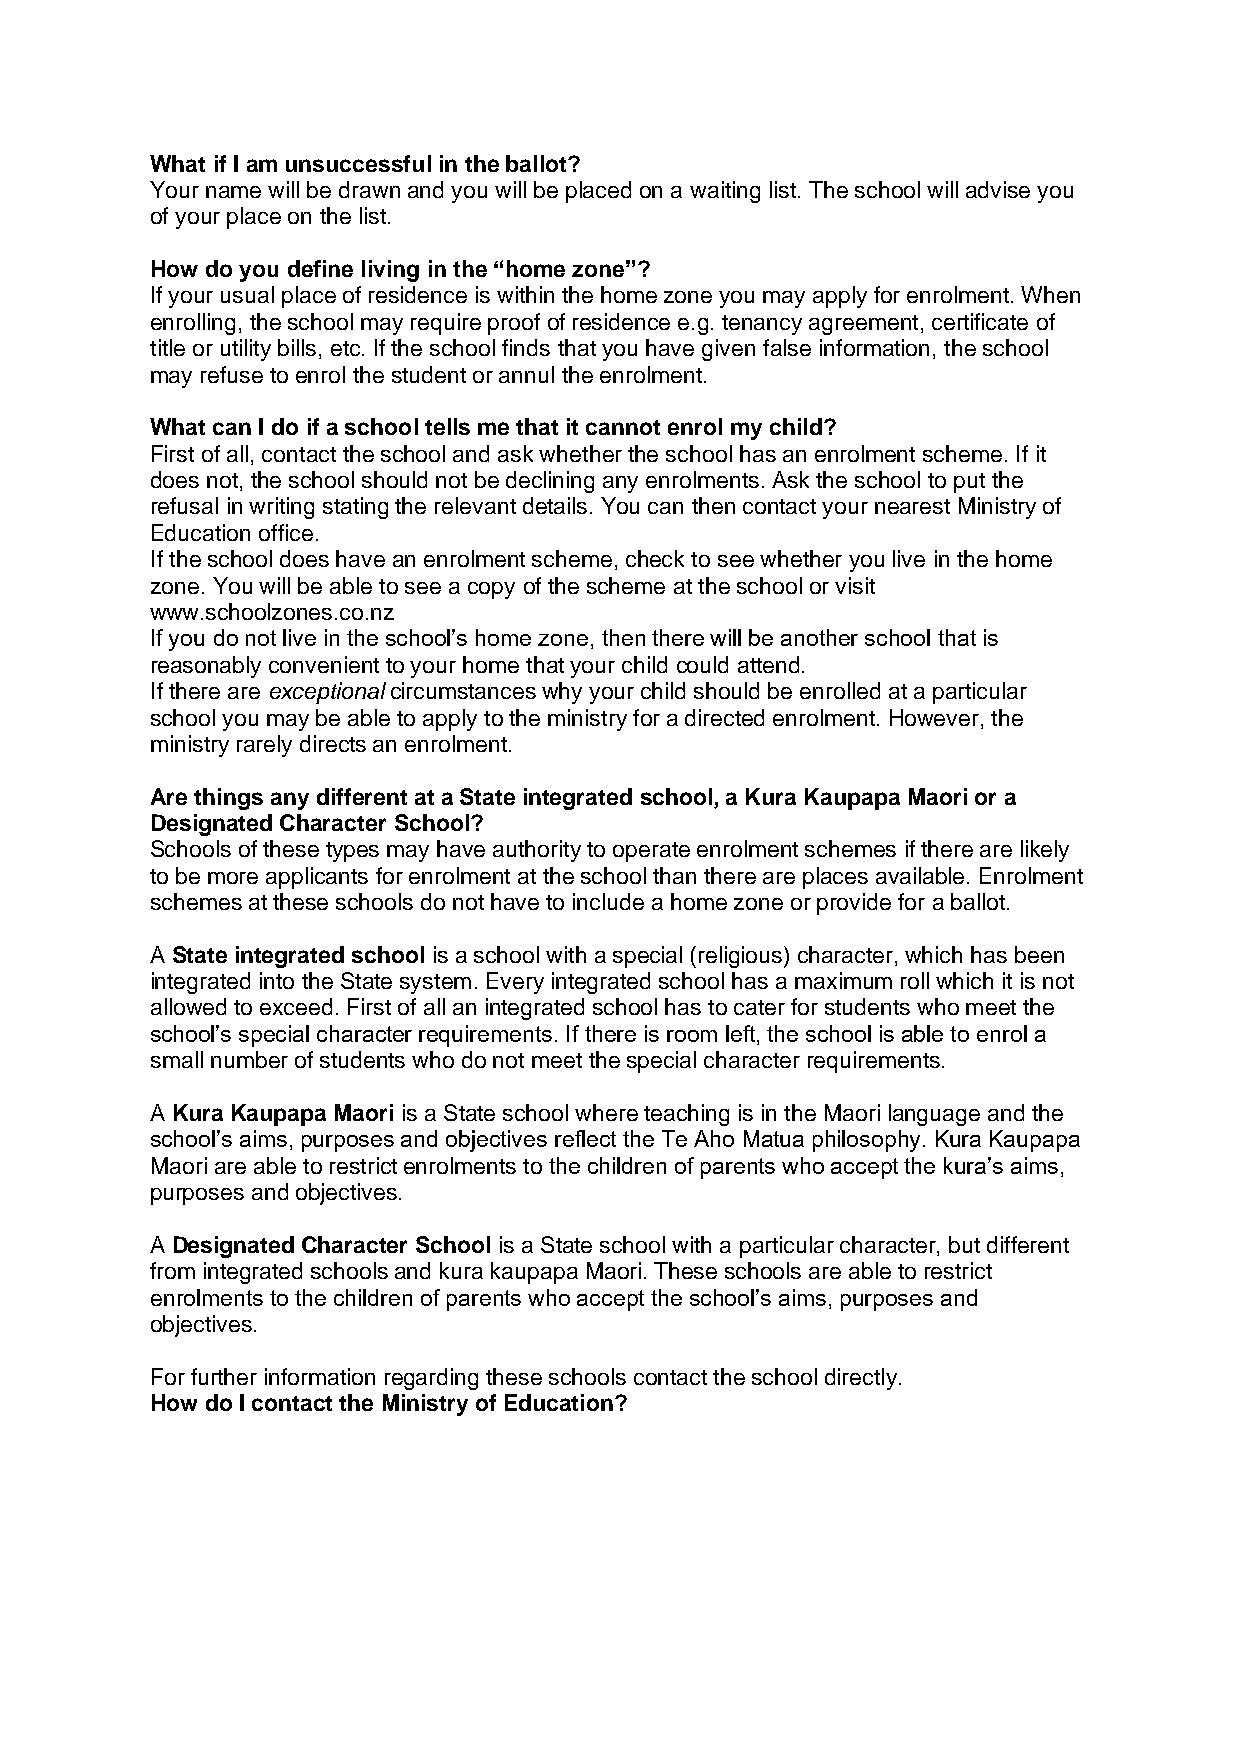
What if I am unsuccessful in the ballot?
 Your name will be drawn and you will be placed on a waiting list. The school will advise you
 of your place on the list.
 How do you define living in the “home zone”?
 If your usual place of residence is within the home zone you may apply for enrolment. When
 enrolling, the school may require proof of residence e.g. tenancy agreement, certificate of
 title or utility bills, etc. If the school finds that you have given false information, the school
 may refuse to enrol the student or annul the enrolment.
 What can I do if a school tells me that it cannot enrol my child?
 First of all, contact the school and ask whether the school has an enrolment scheme. If it
 does not, the school should not be declining any enrolments. Ask the school to put the
 refusal in writing stating the relevant details. You can then contact your nearest Ministry of
 Education office.
 If the school does have an enrolment scheme, check to see whether you live in the home
 zone. You will be able to see a copy of the scheme at the school or visit
 www.schoolzones.co.nz
 If you do not live in the school’s home zone, then there will be another school that is
 reasonably convenient to your home that your child could attend.
 If there are exceptional circumstances why your child should be enrolled at a particular
 school you may be able to apply to the ministry for a directed enrolment. However, the
 ministry rarely directs an enrolment.
 Are things any different at a State integrated school, a Kura Kaupapa Maori or a
 Designated Character School?
 Schools of these types may have authority to operate enrolment schemes if there are likely
 to be more applicants for enrolment at the school than there are places available. Enrolment
 schemes at these schools do not have to include a home zone or provide for a ballot.
 A State integrated school is a school with a special (religious) character, which has been
 integrated into the State system. Every integrated school has a maximum roll which it is not
 allowed to exceed. First of all an integrated school has to cater for students who meet the
 school’s special character requirements. If there is room left, the school is able to enrol a
 small number of students who do not meet the special character requirements.
 A Kura Kaupapa Maori is a State school where teaching is in the Maori language and the
 school’s aims, purposes and objectives reflect the Te Aho Matua philosophy. Kura Kaupapa
 Maori are able to restrict enrolments to the children of parents who accept the kura’s aims,
 purposes and objectives.
 A Designated Character School is a State school with a particular character, but different
 from integrated schools and kura kaupapa Maori. These schools are able to restrict
 enrolments to the children of parents who accept the school’s aims, purposes and
 objectives.
 For further information regarding these schools contact the school directly.
 How do I contact the Ministry of Education?